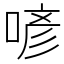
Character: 喭